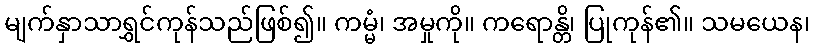
မျက်နှာသာရွှင်ကုန်သည်ဖြစ်၍။ ကမ္မံ၊ အမှုကို။ ကရောန္တိ၊ ပြုကုန်၏။ သမယေန၊